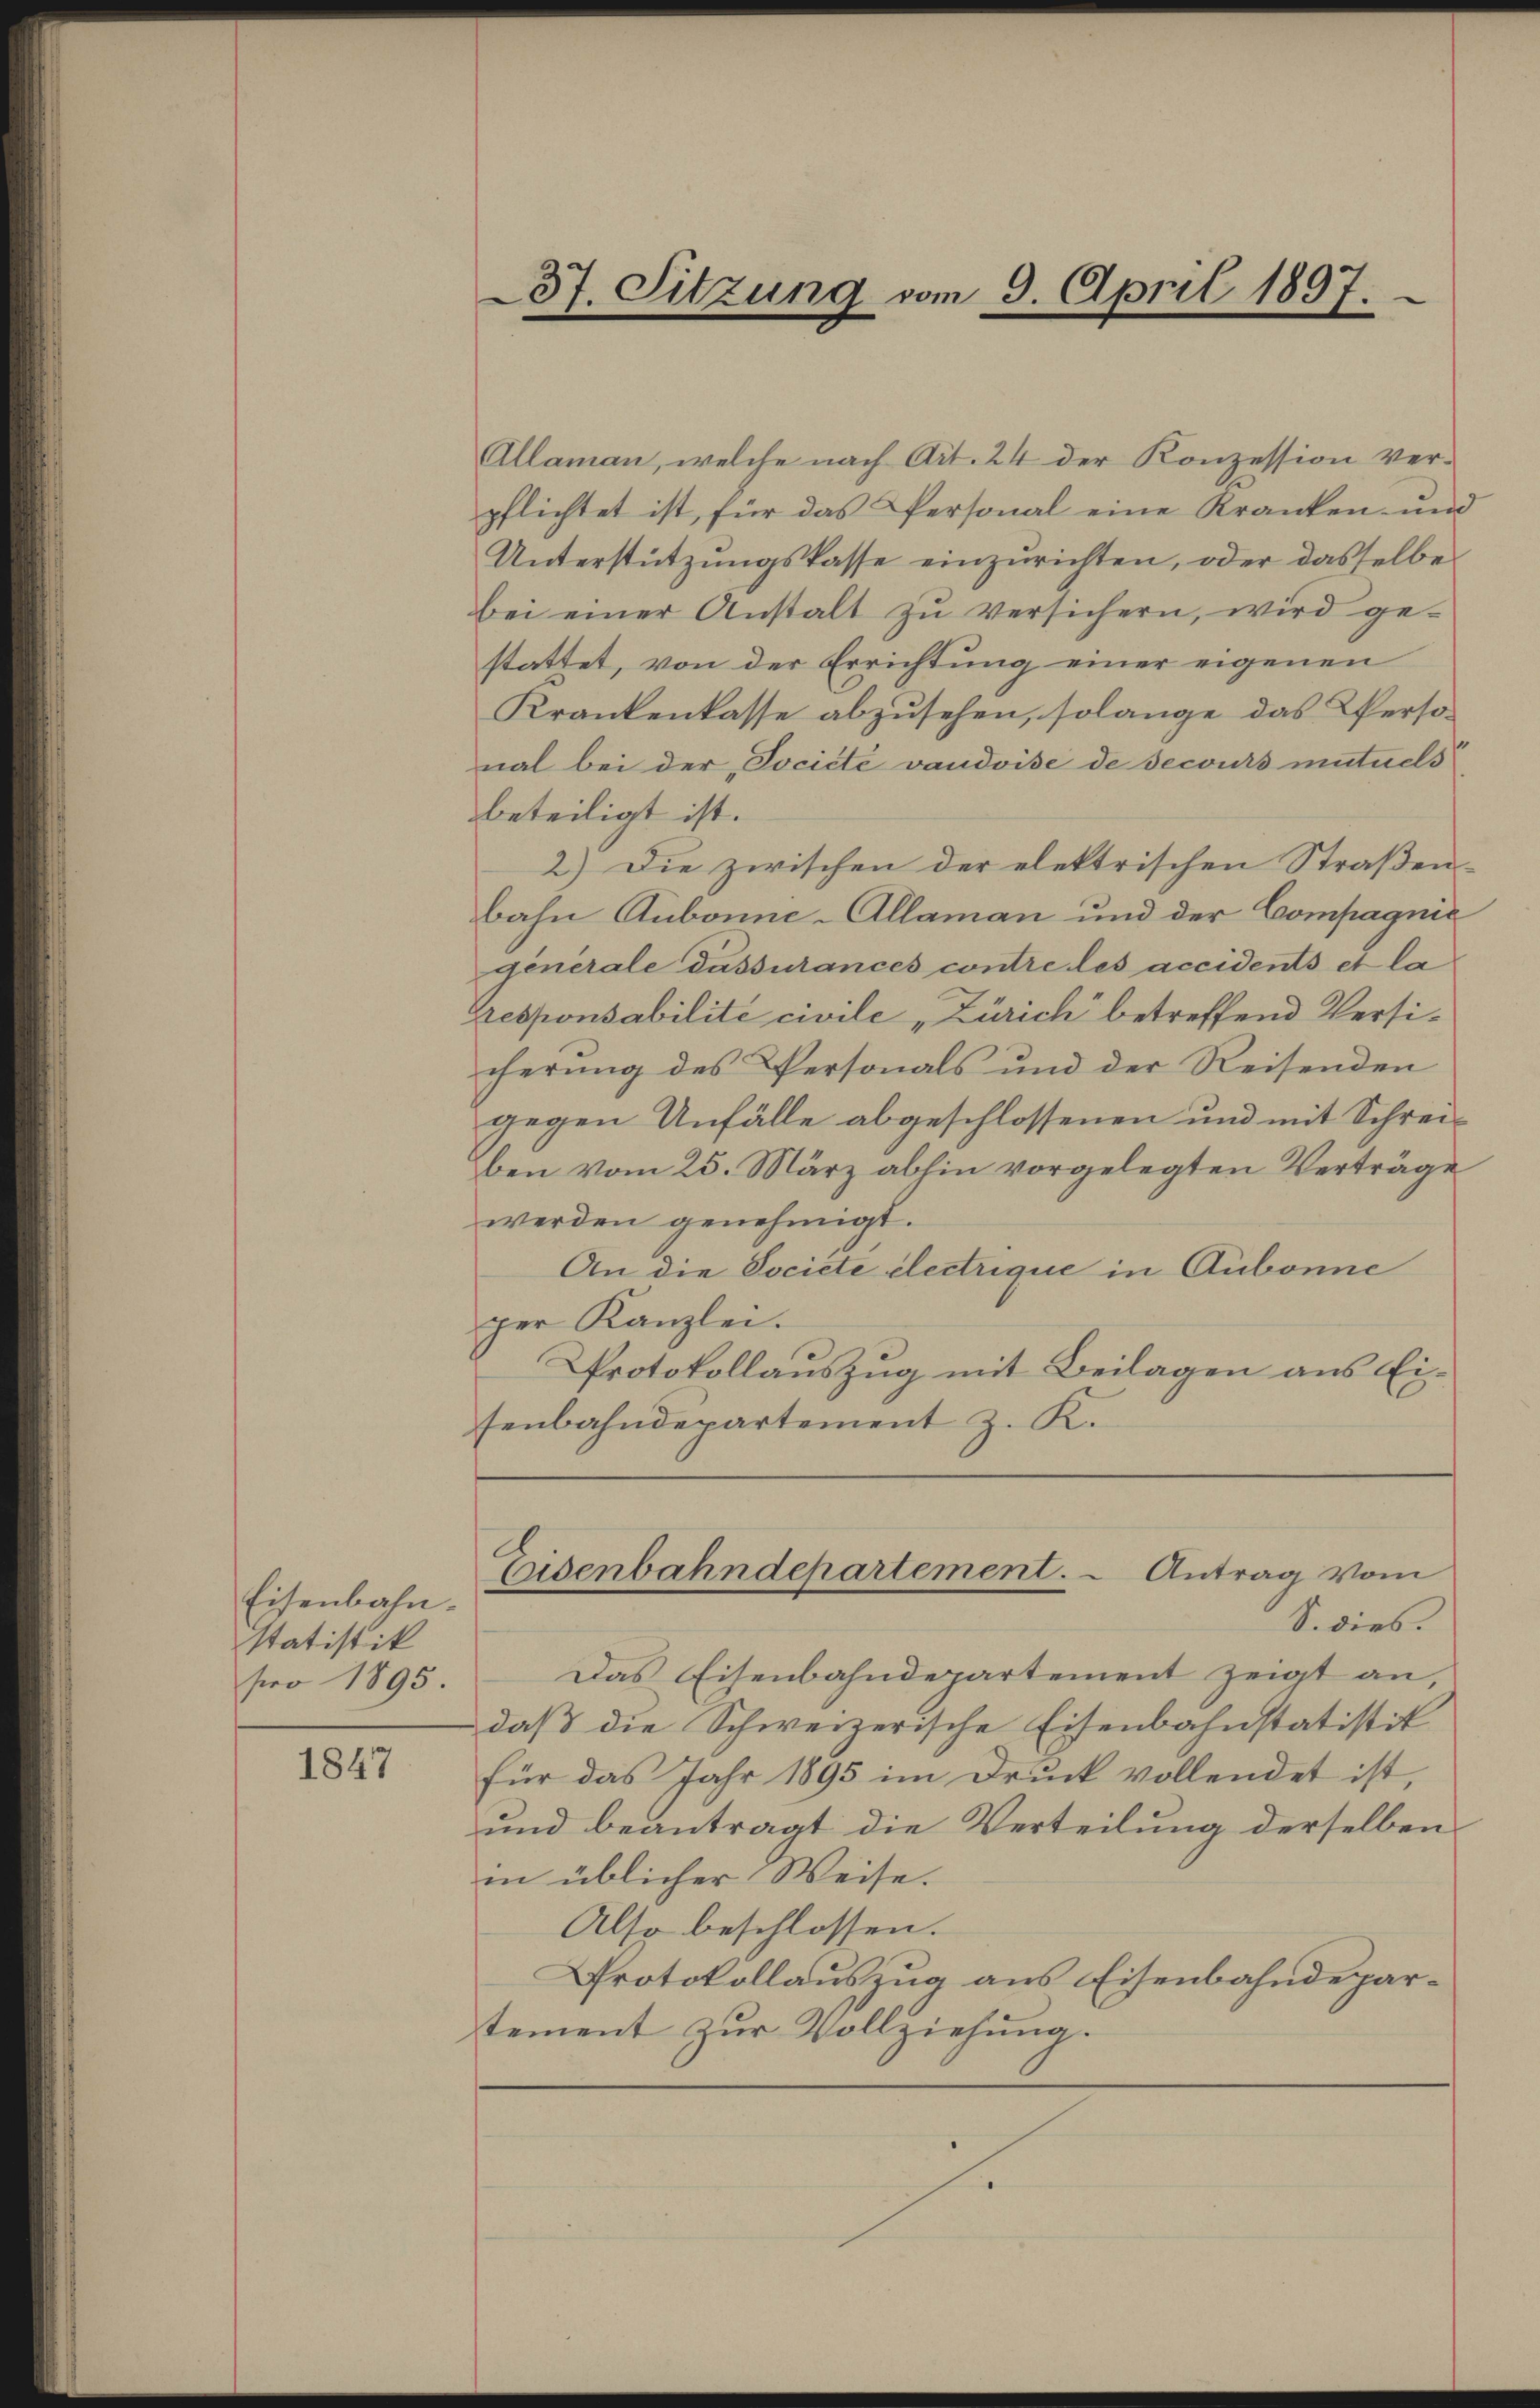
Eisenbahn.
statistik
pro 1895.

1847

Allaman, welche nach Art. 24 der Konzession ver-
pflichtet ist, für das Personal eine Kranken- und
Unterstützungskasse einzurichten, oder dasselbe
bei einer Anstalt zu versichern, wird ge-
stattet, von der Errichtung einer eigenen
Krankenkasse abzusehen, solange das Personal bei der „Jociété vaudoise de secours mutuels
beteiligt ist.
2.) Die zwischen der elektrischen Straßen-
bahn Aubonne-Allaman und der Compagnie
generale Passurances contre des accidents et la
Gresponsabilité civile „Zürich betreffend Versicherung des Personals und der Reisenden
gegen Unfälle abgeschlossenen und mit Schreiben vom 25. März abhin vorgelegten Verträge
werden genehmigt.
An die Societe electrique in Aubonne
per Kanzlei.
Protokollauszug mit Beilagen aus Eisenbahndepartement z. K.

37. Sitzung vom 9. April 1897.

Eisenbahndepartement. - Antrag vom
S. dies.

Das Eisenbahndepartement zeigt an,
daß die Schweizerische Eisenbahnstatistit
für das Jahr 1895 im Druck vollendet ist,
und beantragt die Verteilung derselben
in üblicher Weise.
Also beschlossen.
Protokollauszug aus Eisenbahndepartement zŭr Vollziehŭng.